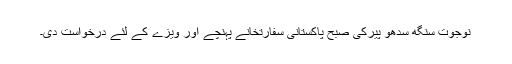
نوجوت سنگھ سدھو پیرکی صبح پاکستانی سفارتخانے پہنچے اور ویزے کے لئے درخواست دی۔